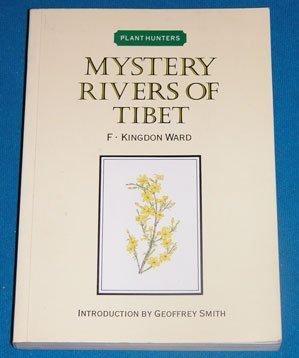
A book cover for Mystery Rivers of Tibet; F. Kingdon Ward; Travel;